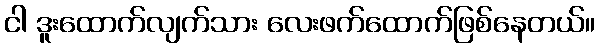
ငါ ဒူးထောက်လျက်သား လေးဖက်ထောက်ဖြစ်နေတယ်။